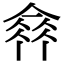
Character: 𠌺